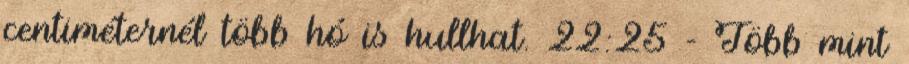
centiméternél több hó is hullhat. 22:25 - Több mint